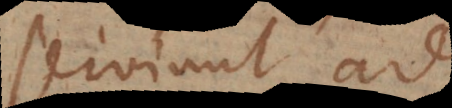
serviunt ad